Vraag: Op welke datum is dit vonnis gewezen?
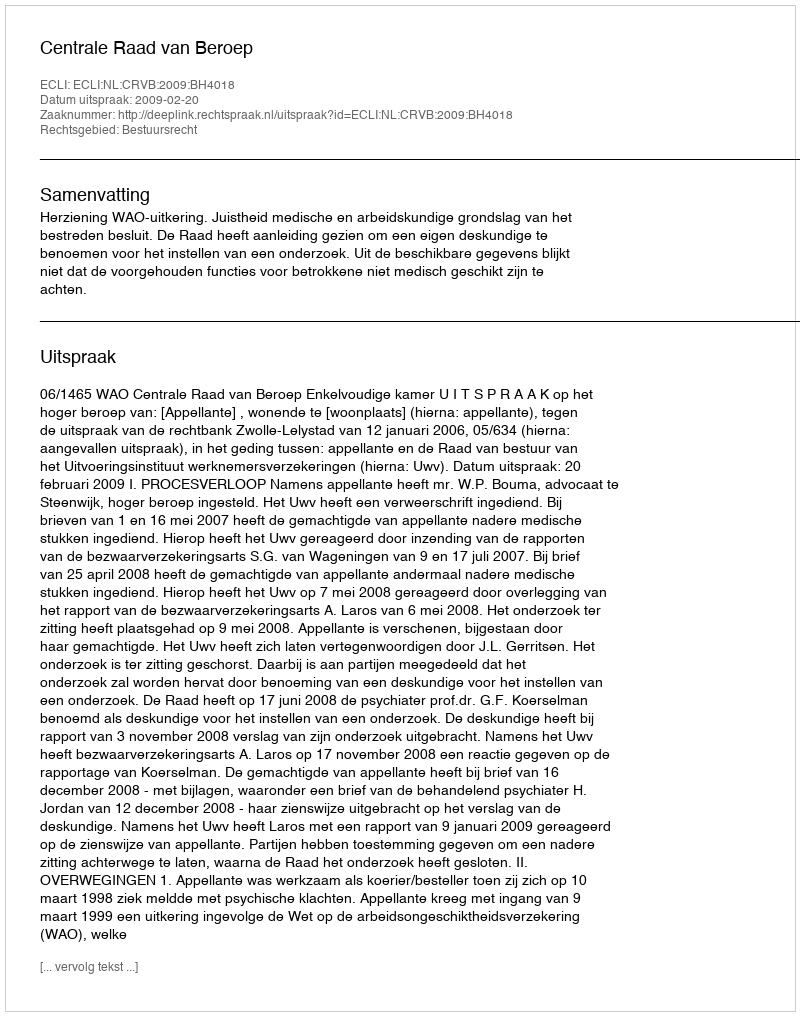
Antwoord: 2009-02-20